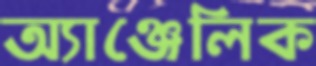
অ্যাঞ্জেলিক